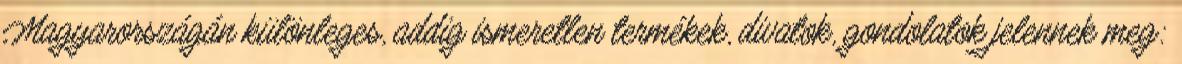
Magyarországán különleges, addig ismeretlen termékek, divatok, gondolatok jelennek meg: